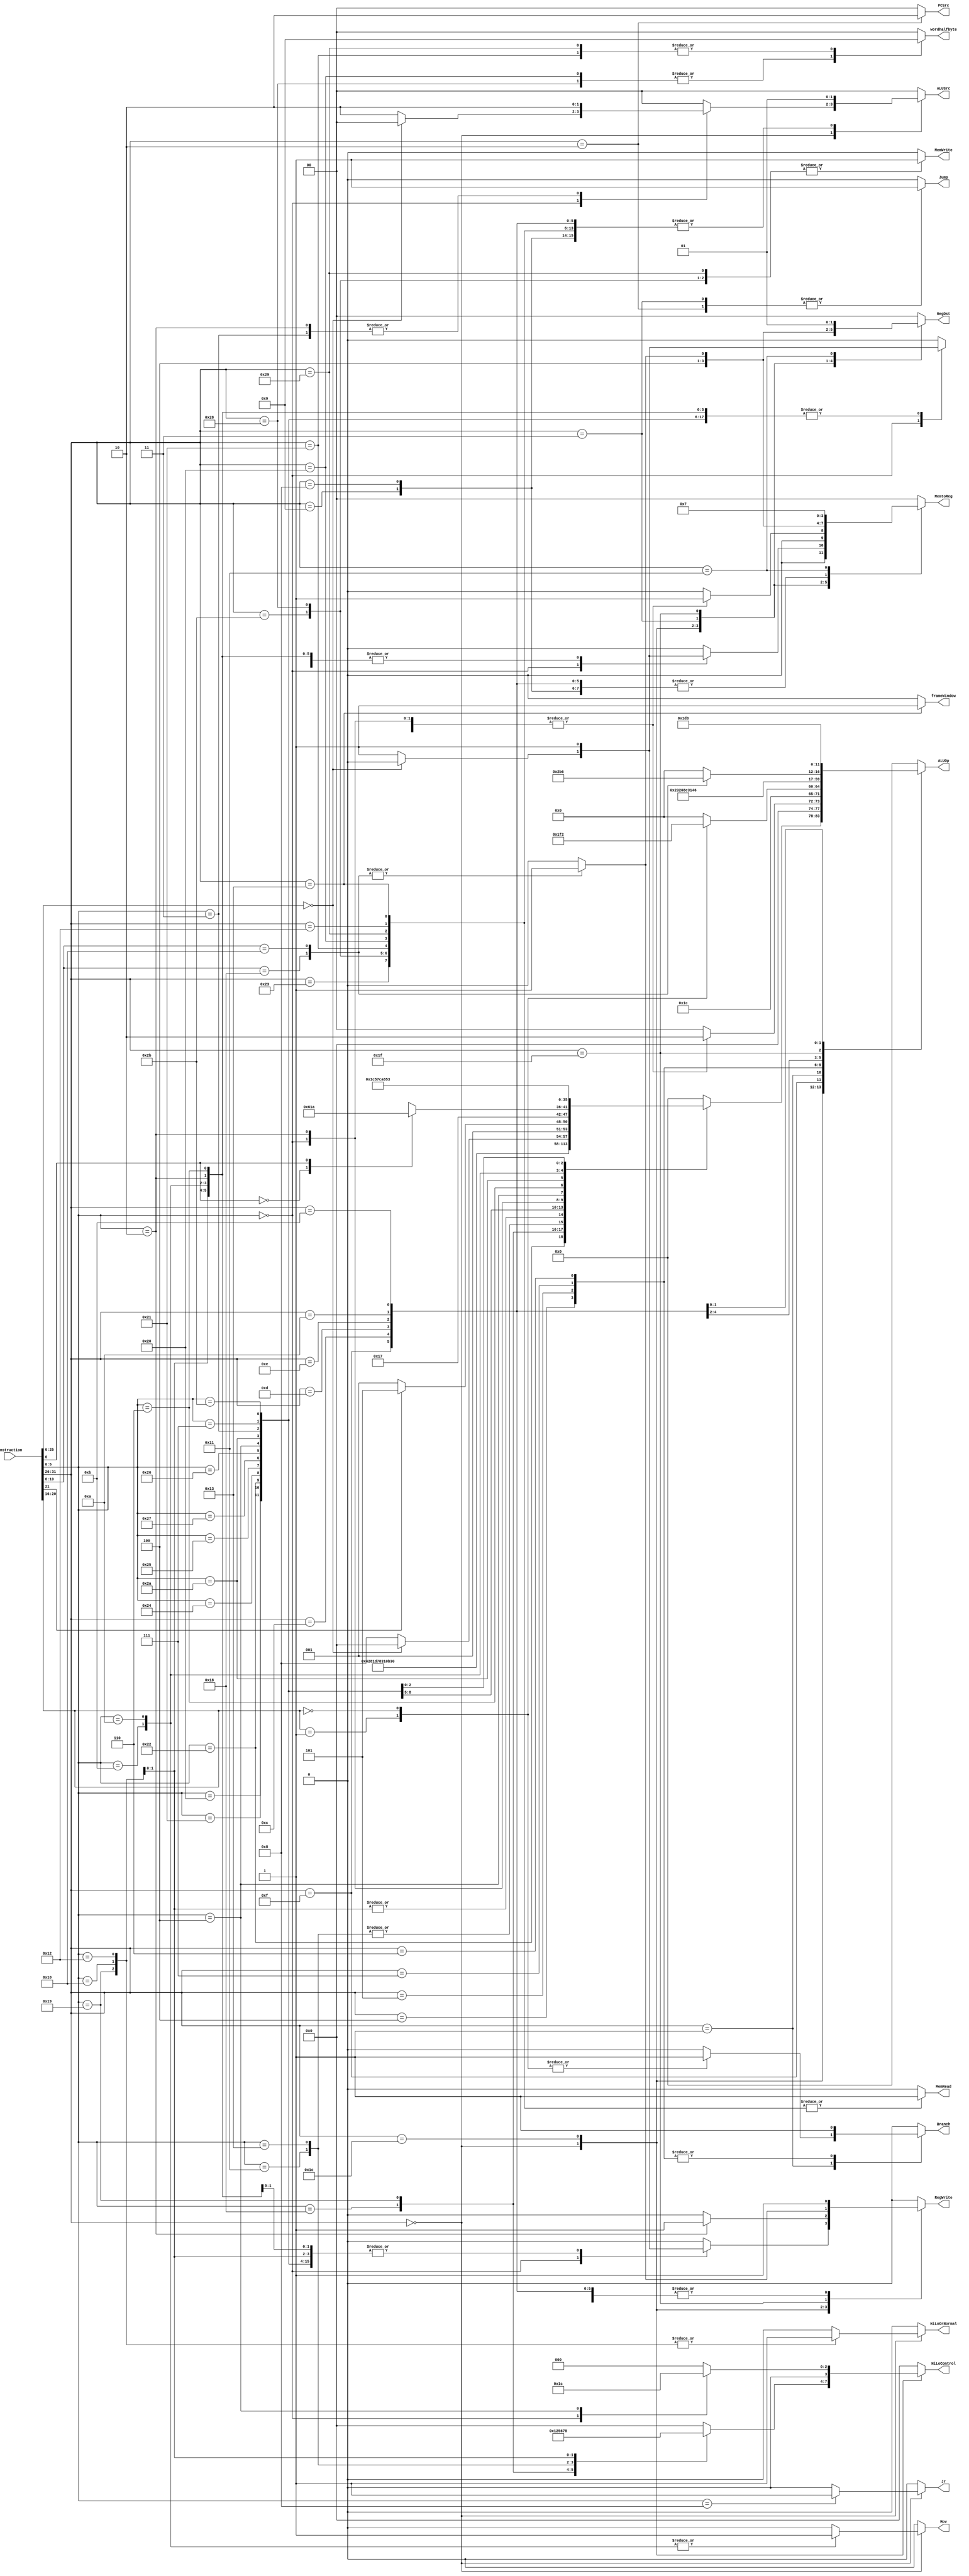
`timescale 1ns / 1ps
//////////////////////////////////////////////////////////////////////////////////
// Company: 
// Engineer: 
// 
// Design Name: 
// Module Name: Controller
// Project Name: 
// Target Devices: 
// Tool Versions: 
// Description: 
// 
// Dependencies: 
// 
// Revision:
// Revision 0.01 - File Created
// Additional Comments:
// 
//////////////////////////////////////////////////////////////////////////////////


module Controller (
    Instruction,
    RegWrite,
    RegDst,
    ALUOp,
    ALUSrc,
    Branch,
    MemWrite,
    MemRead,
    MemtoReg,
    HiLoControl,
    PCSrc,
    Jr,
    Mov,
    wordhalfbyte,
    Jump,
    HiLoOrNormal,
    frameWindow
);
  input [31:0] Instruction;
  output reg RegWrite, Branch, MemWrite, MemRead, Jr, Mov, Jump, HiLoOrNormal, frameWindow;
  output reg [1:0] MemtoReg, wordhalfbyte, ALUSrc;
  output reg [1:0] RegDst, PCSrc;
  output reg [3:0] HiLoControl;
  output reg [5:0] ALUOp;  //based on ALU32Bit file

  reg [5:0] opcode;
  reg [5:0] funct;
  reg rBit;
  reg [4:0] branchCode;

  always @(*) begin
    opcode = Instruction[31:26];
    funct = Instruction[5:0];
    rBit = Instruction[21];
    branchCode = Instruction[20:16];
    PCSrc = 0;
    RegWrite = 0;
    RegDst = 0;
    ALUOp = 0;
    ALUSrc = 0;
    Branch = 0;
    MemWrite = 0;
    MemRead = 0;
    MemtoReg = 0;
    HiLoControl = 0;
    Jr = 0;
    Mov = 0;
    wordhalfbyte = 0;
    Jump = 0;
    HiLoOrNormal = 0;
    frameWindow = 0;
    case (opcode)
      6'b000000: begin
        case (funct)
          6'b100000:  //add
          begin
            RegWrite = 1;
            RegDst = 1;
            ALUOp = 6'b000000;
            ALUSrc = 0;
            Branch = 0;
            MemWrite = 0;
            MemRead = 0;
            MemtoReg = 1;
            HiLoControl = 0;
            Jr = 0;
            Mov = 0;
            wordhalfbyte = 0;
            Jump = 0;
          end

          6'b100001:  //addu
          begin
            RegWrite = 1;
            RegDst = 1;
            ALUOp = 6'b000000;
            ALUSrc = 0;
            Branch = 0;
            MemWrite = 0;
            MemRead = 0;
            MemtoReg = 1;
            HiLoControl = 0;
            Jr = 0;
            Mov = 0;
            wordhalfbyte = 0;
            Jump = 0;
          end

          6'b100010:  //sub
          begin
            RegWrite = 1;
            RegDst = 1;
            ALUOp = 6'b000001;
            ALUSrc = 0;
            Branch = 0;
            MemWrite = 0;
            MemRead = 0;
            MemtoReg = 1;
            HiLoControl = 0;
            Jr = 0;
            Mov = 0;
            wordhalfbyte = 0;
            Jump = 0;
          end

          6'b011000:  //mult
          begin
            RegWrite = 0;
            //RegDst = ;
            ALUOp = 6'b000010;
            ALUSrc = 0;
            Branch = 0;
            MemWrite = 0;
            MemRead = 0;
            MemtoReg = 1;
            HiLoControl = 4'b0001;
            Jr = 0;
            Mov = 0;
            wordhalfbyte = 0;
            Jump = 0;
          end

          6'b011001:  //multu
          begin
            RegWrite = 0;
            //RegDst = ;
            ALUOp = 6'b100000;
            ALUSrc = 0;
            Branch = 0;
            MemWrite = 0;
            MemRead = 0;
            MemtoReg = 1;
            HiLoControl = 4'b0010;
            Jr = 0;
            Mov = 0;
            wordhalfbyte = 0;
            Jump = 0;
            HiLoOrNormal = 1;
          end

          6'b010001:  //mthi
          begin
            RegWrite = 0;
            //RegDst = ;
            ALUOp = 6'b011101;  //Set ALUResult to rs;
            //ALUSrc = ;
            Branch = 0;
            MemWrite = 0;
            MemRead = 0;
            //MemtoReg = ;
            HiLoControl = 4'b0101;  //Set Hi to ALUResult;
            Jr = 0;
            Mov = 0;
            wordhalfbyte = 0;
            Jump = 0;
          end

          6'b010011:  //mtlo
          begin
            RegWrite = 0;
            //RegDst = ;
            ALUOp = 6'b011101;  //Set ALUResult to rs;
            //ALUSrc = ;
            Branch = 0;
            MemWrite = 0;
            MemRead = 0;
            //MemtoReg = ;
            HiLoControl = 4'b0110;  //Set Lo to ALUResult;
            Jr = 0;
            Mov = 0;
            wordhalfbyte = 0;
            Jump = 0;
          end

          6'b010000:  //mfhi
          begin
            RegWrite = 1;
            RegDst = 1;
            ALUOp = 6'b011110;
            //ALUSrc = ;
            Branch = 0;
            MemWrite = 0;
            MemRead = 0;
            MemtoReg = 1;
            HiLoControl = 4'b0111;  //Set rd = Hi;
            Jr = 0;
            Mov = 0;
            wordhalfbyte = 0;
            Jump = 0;
            HiLoOrNormal = 1;
          end

          6'b010010: //mflo
			begin
				RegWrite = 1;
				RegDst = 1;
				ALUOp = 6'b011110;
				//ALUSrc = ;
				Branch = 0;
				MemWrite = 0;
				MemRead = 0;
				MemtoReg = 1;
				HiLoControl = 4'b1000;  //Set rd = Lo;
				Jr = 0;
				Mov = 0;
				wordhalfbyte = 0;
				Jump = 0;
				HiLoOrNormal = 1;

			end

          6'b001000:  //jr
          begin
            RegWrite = 0;
            //RegDst = ;
            //ALUOp = ;
            //ALUSrc = ;
            Branch = 0;
            MemWrite = 0;
            MemRead = 0;
            //MemtoReg = ;
            HiLoControl = 0;
            Jr = 1;
            Mov = 0;
            wordhalfbyte = 0;
            Jump = 0;
          end

          6'b100100:  //and
          begin
            RegWrite = 1;
            RegDst = 1;
            ALUOp = 6'b000011;
            ALUSrc = 0;
            Branch = 0;
            MemWrite = 0;
            MemRead = 0;
            MemtoReg = 1;
            HiLoControl = 0;
            Jr = 0;
            Mov = 0;
            wordhalfbyte = 0;
            Jump = 0;
          end

          6'b100101:  //or
          begin
            RegWrite = 1;
            RegDst = 1;
            ALUOp = 6'b000100;
            ALUSrc = 0;
            Branch = 0;
            MemWrite = 0;
            MemRead = 0;
            MemtoReg = 1;
            HiLoControl = 0;
            Jr = 0;
            Mov = 0;
            wordhalfbyte = 0;
            Jump = 0;
          end

          6'b100111:  //nor
          begin
            RegWrite = 1;
            RegDst = 1;
            ALUOp = 6'b001011;
            ALUSrc = 0;
            Branch = 0;
            MemWrite = 0;
            MemRead = 0;
            MemtoReg = 1;
            HiLoControl = 0;
            Jr = 0;
            Mov = 0;
            wordhalfbyte = 0;
            Jump = 0;
          end

          6'b100110:  //xor
          begin
            RegWrite = 1;
            RegDst = 1;
            ALUOp = 6'b001100;
            ALUSrc = 0;
            Branch = 0;
            MemWrite = 0;
            MemRead = 0;
            MemtoReg = 1;
            HiLoControl = 0;
            Jr = 0;
            Mov = 0;
            wordhalfbyte = 0;
            Jump = 0;
          end

          6'b000000: begin
            if (Instruction[25:6] == 20'b00000000000000000000) begin  //nop
              RegWrite = 0;
              RegDst = 0;
              ALUOp = 6'b000000;
              ALUSrc = 0;
              Branch = 0;
              MemWrite = 0;
              MemRead = 0;
              MemtoReg = 0;
              HiLoControl = 0;
              Jr = 0;
              Mov = 0;
              wordhalfbyte = 0;
              Jump = 0;
            end else begin  //sll
              RegWrite = 1;
              RegDst = 1;
              ALUOp = 6'b001000;
              ALUSrc = 2;
              Branch = 0;
              MemWrite = 0;
              MemRead = 0;
              MemtoReg = 1;
              HiLoControl = 0;
              Jr = 0;
              Mov = 0;
              wordhalfbyte = 0;
              Jump = 0;
            end
          end

          6'b000010: //srl and rotr
					begin
            if (rBit == 0) begin  //srl
              RegWrite = 1;
              RegDst = 1;
              ALUOp = 6'b001001;
              ALUSrc = 2;
              Branch = 0;
              MemWrite = 0;
              MemRead = 0;
              MemtoReg = 1;
              HiLoControl = 0;
              Jr = 0;
              Mov = 0;
              wordhalfbyte = 0;
              Jump = 0;
            end else if (rBit == 1) begin  //rotr
              RegWrite = 1;
              RegDst = 1;
              ALUOp = 6'b001101;
              ALUSrc = 2;
              Branch = 0;
              MemWrite = 0;
              MemRead = 0;
              MemtoReg = 1;
              HiLoControl = 0;
              Jr = 0;
              Mov = 0;
              wordhalfbyte = 0;
              Jump = 0;
            end
          end

          6'b000100:  //sllv
          begin
            RegWrite = 1;
            RegDst = 1;
            ALUOp = 6'b010111;
            ALUSrc = 0;
            Branch = 0;
            MemWrite = 0;
            MemRead = 0;
            MemtoReg = 1;
            HiLoControl = 0;
            Jr = 0;
            Mov = 0;
            wordhalfbyte = 0;
            Jump = 0;
          end

          6'b000110:  //srlv
          begin
            case (Instruction[6])
              1'b0: //srlv
						begin
                RegWrite = 1;
                RegDst = 1;
                ALUOp = 6'b011000;
                ALUSrc = 0;
                Branch = 0;
                MemWrite = 0;
                MemRead = 0;
                MemtoReg = 1;
                HiLoControl = 0;
                Jr = 0;
                Mov = 0;
                wordhalfbyte = 0;
                Jump = 0;
              end
              1'b1: //rotrv
						begin
                RegWrite = 1;
                RegDst = 1;
                ALUOp = 6'b011010;
                ALUSrc = 0;
                Branch = 0;
                MemWrite = 0;
                MemRead = 0;
                MemtoReg = 1;
                HiLoControl = 0;
                Jr = 0;
                Mov = 0;
                wordhalfbyte = 0;
                Jump = 0;
              end
              default begin
                RegWrite = 0;
                RegDst = 0;
                ALUOp = 0;
                ALUSrc = 0;
                Branch = 0;
                MemWrite = 0;
                MemRead = 0;
                MemtoReg = 0;
                HiLoControl = 0;
                Jr = 0;
                Mov = 0;
                wordhalfbyte = 0;
                Jump = 0;
              end
            endcase
          end

          6'b101010:  //slt
          begin
            RegWrite = 1;
            RegDst = 1;
            ALUOp = 6'b000111;
            ALUSrc = 0;
            Branch = 0;
            MemWrite = 0;
            MemRead = 0;
            MemtoReg = 1;
            HiLoControl = 0;
            Jr = 0;
            Mov = 0;
            wordhalfbyte = 0;
            Jump = 0;
          end

          6'b001011:  //movn
          begin
            //RegWrite =;
            RegDst = 1;
            ALUOp = 6'b000101;  //Set ALUResult to 0 if rt != 0;
            ALUSrc = 0;
            Branch = 0;
            MemWrite = 0;
            MemRead = 0;
            MemtoReg = 1;
            HiLoControl = 0;
            Jr = 0;
            Mov = 1;
            wordhalfbyte = 0;
            Jump = 0;
          end

          6'b001010:  //movz
          begin
            //RegWrite = //Todo Fix Me;
            RegDst = 1;
            ALUOp = 6'b011111;  //Set ALUResult to 0 if rt == 0;
            ALUSrc = 0;
            Branch = 0;
            MemWrite = 0;
            MemRead = 0;
            MemtoReg = 1;
            HiLoControl = 0;
            Jr = 0;
            Mov = 1;
            wordhalfbyte = 0;
            Jump = 0;
          end

          6'b000011:  //sra
          begin
            RegWrite = 1;
            RegDst = 1;
            ALUOp = 6'b001010;
            ALUSrc = 2;
            Branch = 0;
            MemWrite = 0;
            MemRead = 0;
            MemtoReg = 1;
            HiLoControl = 0;
            Jr = 0;
            Mov = 0;
            wordhalfbyte = 0;
            Jump = 0;
          end

          6'b000111:  //srav
          begin
            RegWrite = 1;
            RegDst = 1;
            ALUOp = 6'b011001;
            ALUSrc = 0;
            Branch = 0;
            MemWrite = 0;
            MemRead = 0;
            MemtoReg = 1;
            HiLoControl = 0;
            Jr = 0;
            Mov = 0;
            wordhalfbyte = 0;
            Jump = 0;
          end

          6'b101011:  //sltu
          begin
            RegWrite = 1;
            RegDst = 1;
            ALUOp = 6'b010011;
            ALUSrc = 0;
            Branch = 0;
            MemWrite = 0;
            MemRead = 0;
            MemtoReg = 1;
            HiLoControl = 0;
            Jr = 0;
            Mov = 0;
            wordhalfbyte = 0;
            Jump = 0;
          end

          default: begin
            RegWrite = 0;
            RegDst = 0;
            ALUOp = 0;
            ALUSrc = 0;
            Branch = 0;
            MemWrite = 0;
            MemRead = 0;
            MemtoReg = 0;
            HiLoControl = 0;
            Jr = 0;
            Mov = 0;
            wordhalfbyte = 0;
            Jump = 0;
          end
        endcase

      end
      6'b001001: //addiu
   			 begin
        RegWrite = 1;
        RegDst = 0;
        ALUSrc = 1;
        Branch = 0;
        MemRead = 0;
        MemWrite = 0;
        MemtoReg = 1;
        HiLoControl = 4'b0000;
        ALUOp = 6'b000000;
        Jr = 0;
        Mov = 0;
        wordhalfbyte = 0;
        Jump = 0;
      end
      6'b001000: //addi
   			 begin
        RegWrite = 1;
        RegDst = 0;
        ALUSrc = 1;
        Branch = 0;
        MemRead = 0;
        MemWrite = 0;
        MemtoReg = 1;
        HiLoControl = 4'b0000;
        ALUOp = 6'b000000;
        Jr = 0;
        Mov = 0;
        wordhalfbyte = 0;
        Jump = 0;
      end
      6'b011100: //multiply series of operations
   			 begin
        case (funct)
          6'b000010: //mul
   				 begin
            RegWrite = 1;
            RegDst = 1;
            ALUSrc = 0;
            Branch = 0;
            MemRead = 0;
            MemWrite = 0;
            MemtoReg = 1;
            HiLoControl = 4'b0000;
            ALUOp = 6'b000010;
            Jr = 0;
            Mov = 0;
            wordhalfbyte = 0;
            Jump = 0;
          end
          6'b000000: //madd
   				 begin
            RegWrite = 0;
            //RegDst = 0;
            ALUSrc = 0;
            Branch = 0;
            MemRead = 0;
            MemWrite = 0;
            MemtoReg = 1;
            HiLoControl = 4'b0011;
            ALUOp = 6'b000010;
            Jr = 0;
            Mov = 0;
            wordhalfbyte = 0;
            Jump = 0;
          end
          6'b000100: //msub
   				 begin
            RegWrite = 0;
            //RegDst = 0;
            ALUSrc = 0;
            Branch = 0;
            MemRead = 0;
            MemWrite = 0;
            MemtoReg = 1;
            HiLoControl = 4'b0100;
            ALUOp = 6'b000010;
            Jr = 0;
            Mov = 0;
            wordhalfbyte = 0;
            Jump = 0;
          end
          default: begin
            RegWrite = 0;
            RegDst = 0;
            ALUOp = 0;
            ALUSrc = 0;
            Branch = 0;
            MemWrite = 0;
            MemRead = 0;
            MemtoReg = 0;
            HiLoControl = 0;
            Jr = 0;
            Mov = 0;
            wordhalfbyte = 0;
            Jump = 0;
          end
        endcase
      end
      6'b100011: //lw
   			 begin
        RegWrite = 1;
        RegDst = 0;
        ALUSrc = 1;
        Branch = 0;
        MemRead = 1;
        MemWrite = 0;
        MemtoReg = 0;
        HiLoControl = 4'b0000;
        ALUOp = 6'b000000;
        Jr = 0;
        Mov = 0;
        wordhalfbyte = 0;
        Jump = 0;
      end
      6'b101011: //sw
   			 begin
        RegWrite = 0;
        //RegDst = 0;
        ALUSrc = 1;
        Branch = 0;
        MemRead = 1;
        MemWrite = 1;
        //MemtoReg = 0;
        HiLoControl = 4'b0000;
        ALUOp = 6'b000000;
        Jr = 0;
        Mov = 0;
        wordhalfbyte = 0;
        Jump = 0;
      end
      6'b101000: //sb
   			 begin
        RegWrite = 0;
        //RegDst = 0;
        ALUSrc = 1;
        Branch = 0;
        MemRead = 1;
        MemWrite = 1;
        //MemtoReg = 0;
        HiLoControl = 4'b0000;
        ALUOp = 6'b000000;
        Jr = 0;
        Mov = 0;
        wordhalfbyte = 2;
        Jump = 0;
      end
      6'b100001: //lh
   			 begin
        RegWrite = 1;
        RegDst = 0;
        ALUSrc = 1;
        Branch = 0;
        MemRead = 1;
        MemWrite = 0;
        MemtoReg = 0;
        HiLoControl = 4'b0000;
        ALUOp = 6'b000000;
        Jr = 0;
        Mov = 0;
        wordhalfbyte = 1;
        Jump = 0;
      end
      6'b100000: //lb
   			 begin
        RegWrite = 1;
        RegDst = 0;
        ALUSrc = 1;
        Branch = 0;
        MemRead = 1;
        MemWrite = 0;
        MemtoReg = 0;
        HiLoControl = 4'b0000;
        ALUOp = 6'b000000;
        Jr = 0;
        Mov = 0;
        wordhalfbyte = 2;
        Jump = 0;
      end
      6'b101001: //sh
   			 begin
        RegWrite = 0;
        //RegDst = 0;
        ALUSrc = 1;
        Branch = 0;
        MemRead = 1;
        MemWrite = 1;
        //MemtoReg = 0;
        HiLoControl = 4'b0000;
        ALUOp = 6'b000000;
        Jr = 0;
        Mov = 0;
        wordhalfbyte = 1;
        Jump = 0;
      end
      6'b001111: //lui
   			 begin
        RegWrite = 1;
        RegDst = 0;
        ALUSrc = 1;
        Branch = 0;
        MemRead = 0;
        MemWrite = 0;
        MemtoReg = 1;
        HiLoControl = 4'b0000;
        ALUOp = 6'b001110;
        Jr = 0;
        Mov = 0;
        wordhalfbyte = 0;
        Jump = 0;
      end
      6'b000001: //____ to zero
   			 begin
        case (branchCode)
          5'b00001: //bgez
   				 begin
            RegWrite = 0;
            //RegDst = 0;
            ALUSrc = 0;
            Branch = 1;
            MemRead = 0;
            MemWrite = 0;
            //MemtoReg = 0;
            HiLoControl = 4'b0000;
            ALUOp = 6'b001111;
            Jr = 0;
            Mov = 0;
            wordhalfbyte = 0;
            Jump = 0;
          end
          5'b00000: //bltz
   				 begin
            RegWrite = 0;
            //RegDst = 0;
            ALUSrc = 0;
            Branch = 1;
            MemRead = 0;
            MemWrite = 0;
            //MemtoReg = 0;
            HiLoControl = 4'b0000;
            ALUOp = 6'b010010;
            Jr = 0;
            Mov = 0;
            wordhalfbyte = 0;
            Jump = 0;
          end
          default: begin
            RegWrite = 0;
            RegDst = 0;
            ALUOp = 0;
            ALUSrc = 0;
            Branch = 0;
            MemWrite = 0;
            MemRead = 0;
            MemtoReg = 0;
            HiLoControl = 0;
            Jr = 0;
            Mov = 0;
            wordhalfbyte = 0;
            Jump = 0;
          end
        endcase
      end
      6'b000100: //beq
   			 begin
        RegWrite = 0;
        //RegDst = 0;
        ALUSrc = 0;
        Branch = 1;
        MemRead = 0;
        MemWrite = 0;
        //MemtoReg = 0;
        HiLoControl = 4'b0000;
        ALUOp = 6'b000001;
        Jr = 0;
        Mov = 0;
        wordhalfbyte = 0;
        Jump = 0;
      end
      6'b000101: //bne
   			 begin
        RegWrite = 0;
        //RegDst = 0;
        ALUSrc = 0;
        Branch = 1;
        MemRead = 0;
        MemWrite = 0;
        //MemtoReg = 0;
        HiLoControl = 4'b0000;
        ALUOp = 6'b000110;
        Jr = 0;
        Mov = 0;
        wordhalfbyte = 0;
        Jump = 0;
      end
      6'b000111: //bgtz
   			 begin
        RegWrite = 0;
        //RegDst = 0;
        ALUSrc = 0;
        Branch = 1;
        MemRead = 0;
        MemWrite = 0;
        //MemtoReg = 0;
        HiLoControl = 4'b0000;
        ALUOp = 6'b010000;
        Jr = 0;
        Mov = 0;
        wordhalfbyte = 0;
        Jump = 0;
      end
      6'b000110: //blez
   			 begin
        RegWrite = 0;
        //RegDst = 0;
        ALUSrc = 0;
        Branch = 1;
        MemRead = 0;
        MemWrite = 0;
        //MemtoReg = 0;
        HiLoControl = 4'b0000;
        ALUOp = 6'b010001;
        Jr = 0;
        Mov = 0;
        wordhalfbyte = 0;
        Jump = 0;
      end

      6'b000010:	//j
			begin
        RegWrite     = 0;
        //RegDst = 0;
        //ALUSrc = 0;
        //Branch = 0;
        MemWrite     = 0;
        MemRead      = 0;
        //MemtoReg = 0;
        HiLoControl  = 4'b0000;  //ALUOp = 6'b000000;
        PCSrc        = 2;
        Jr           = 0;
        Mov          = 0;
        wordhalfbyte = 0;
        Jump         = 1;
      end
      6'b000011:	//jal
			begin
        RegWrite = 1;
        RegDst = 2;
        ALUSrc = 0;
        Branch = 0;
        MemWrite = 0;
        MemRead = 0;
        MemtoReg = 2;
        HiLoControl = 4'b0000;
        ALUOp = 6'b000000;
        Jr = 0;
        Mov = 0;
        wordhalfbyte = 0;
        Jump = 1;
      end
      //TODO: Modify ALUOp once ALU is modified accordingly
      6'b001100:	//andi
			begin
        RegWrite = 1;
        RegDst = 0;
        ALUSrc = 1;
        Branch = 0;
        MemWrite = 0;
        MemRead = 0;
        MemtoReg = 1;
        HiLoControl = 4'b0000;
        ALUOp = 6'b100001;
        Jr = 0;
        Mov = 0;
        wordhalfbyte = 0;
        Jump = 0;
      end
      6'b001101:	//ori
			begin
        RegWrite = 1;
        RegDst = 0;
        ALUSrc = 1;
        Branch = 0;
        MemWrite = 0;
        MemRead = 0;
        MemtoReg = 1;
        HiLoControl = 4'b0000;
        ALUOp = 6'b100010;
        Jr = 0;
        Mov = 0;
        wordhalfbyte = 0;
        Jump = 0;
      end
      6'b001110:	//xori
			begin
        RegWrite = 1;
        RegDst = 0;
        ALUSrc = 1;
        Branch = 0;
        MemWrite = 0;
        MemRead = 0;
        MemtoReg = 1;
        HiLoControl = 4'b0000;
        ALUOp = 6'b100011;
        Jr = 0;
        Mov = 0;
        wordhalfbyte = 0;
        Jump = 0;
      end
      6'b011111:	//seh
			begin
        case (Instruction[10:6])
          5'b11000: //seh
					begin
            RegWrite = 1;
            RegDst = 1;
            ALUSrc = 0;
            Branch = 0;
            MemWrite = 0;
            MemRead = 0;
            MemtoReg = 1;
            HiLoControl = 4'b0000;
            ALUOp = 6'b010101;
            Jr = 0;
            Mov = 0;
            wordhalfbyte = 0;
            Jump = 0;
          end
          5'b10000: //seb
					begin
            RegWrite = 1;
            RegDst = 1;
            ALUSrc = 0;
            Branch = 0;
            MemWrite = 0;
            MemRead = 0;
            MemtoReg = 1;
            HiLoControl = 4'b0000;
            ALUOp = 6'b010110;
            Jr = 0;
            Mov = 0;
            wordhalfbyte = 0;
            Jump = 0;
          end
          default begin
            RegWrite = 0;
            RegDst = 0;
            ALUOp = 0;
            ALUSrc = 0;
            Branch = 0;
            MemWrite = 0;
            MemRead = 0;
            MemtoReg = 0;
            HiLoControl = 0;
            Jr = 0;
            Mov = 0;
            wordhalfbyte = 0;
            Jump = 0;
          end
        endcase
      end
      6'b001010:	//slti
			begin
        RegWrite = 1;
        RegDst = 0;
        ALUSrc = 1;
        Branch = 0;
        MemWrite = 0;
        MemRead = 0;
        MemtoReg = 1;
        HiLoControl = 4'b0000;
        ALUOp = 6'b000111;
        Jr = 0;
        Mov = 0;
        wordhalfbyte = 0;
        Jump = 0;
      end
      6'b001011:	//sltiu
			begin
        RegWrite = 1;
        RegDst = 0;
        ALUSrc = 1;
        Branch = 0;
        MemWrite = 0;
        MemRead = 0;
        MemtoReg = 1;
        HiLoControl = 4'b0000;
        ALUOp = 6'b010011;
        Jr = 0;
        Mov = 0;
        wordhalfbyte = 0;
        Jump = 0;
      end
	  6'b010010:	//lwf
	  begin
		RegWrite = 0;
		RegDst = 0;
		ALUSrc = 1;
		Branch = 0;
		MemRead = 1;
		MemWrite = 0;
		MemtoReg = 0;
		HiLoControl = 4'b0000;
		ALUOp = 6'b000000;
		Jr = 0;
		Mov = 0;
		wordhalfbyte = 0;
		Jump = 0;
	  end
    6'b010011:	//lww
    begin
    RegWrite = 0;
		RegDst = 0;
		ALUSrc = 1;
		Branch = 0;
		MemRead = 1;
		MemWrite = 0;
		MemtoReg = 0;
		HiLoControl = 4'b0000;
		ALUOp = 6'b000000;
		Jr = 0;
		Mov = 0;
		wordhalfbyte = 0;
		Jump = 0;
    frameWindow = 1;  
    end
	6'b010001:	//sad
	begin
    RegWrite = 1;
		RegDst = 1;
		ALUSrc = 0;
		Branch = 0;
		MemRead = 0;
		MemWrite = 0;
		MemtoReg = 3;
		HiLoControl = 4'b0000;
		ALUOp = 6'b000000;
		Jr = 0;
		Mov = 0;
		wordhalfbyte = 0;
		Jump = 0;
		frameWindow = 0;  
    end
      default: begin
        RegWrite = 0;
        RegDst = 0;
        ALUOp = 0;
        ALUSrc = 0;
        Branch = 0;
        MemWrite = 0;
        MemRead = 0;
        MemtoReg = 0;
        HiLoControl = 0;
        Jr = 0;
        Mov = 0;
        wordhalfbyte = 0;
        Jump = 0;
      end
    endcase
  end
endmodule